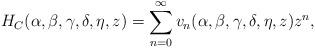
LaTeX: \begin{align*}H_{C}(\alpha, \beta, \gamma, \delta, \eta, z)=\sum\limits_{n=0}^{\infty}v_{n}(\alpha, \beta, \gamma, \delta, \eta, z)z^{n},\end{align*}